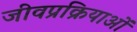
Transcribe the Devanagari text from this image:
जीवप्रक्रियाओं